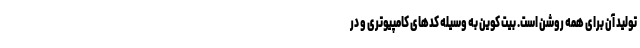
تولید آن برای همه روشن است. بیت کوین به وسیله کدهای کامپیوتری و در